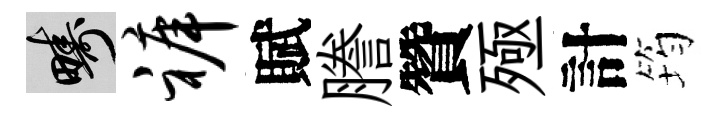
疇裤賦謄贊殛計筠